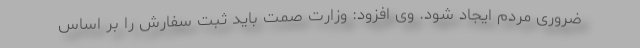
ضروری مردم ایجاد شود. وی افزود: وزارت صمت باید ثبت سفارش را بر اساس